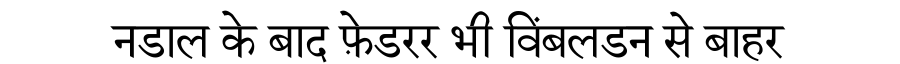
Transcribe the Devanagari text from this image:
नडाल के बाद फ़ेडरर भी विंबलडन से बाहर